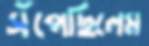
সঁপেছিলেম